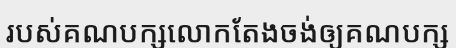
របស់គណបក្សលោកតែងចង់ឲ្យគណបក្ស